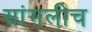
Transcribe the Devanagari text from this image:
सांगलीच